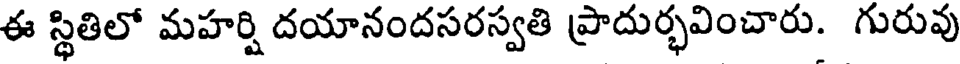
ఈ స్థితిలో మహర్షి దయానందసరస్వతి ప్రాదుర్భవించారు. గురువు